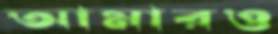
আমারও